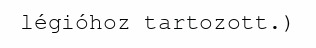
légióhoz tartozott.)